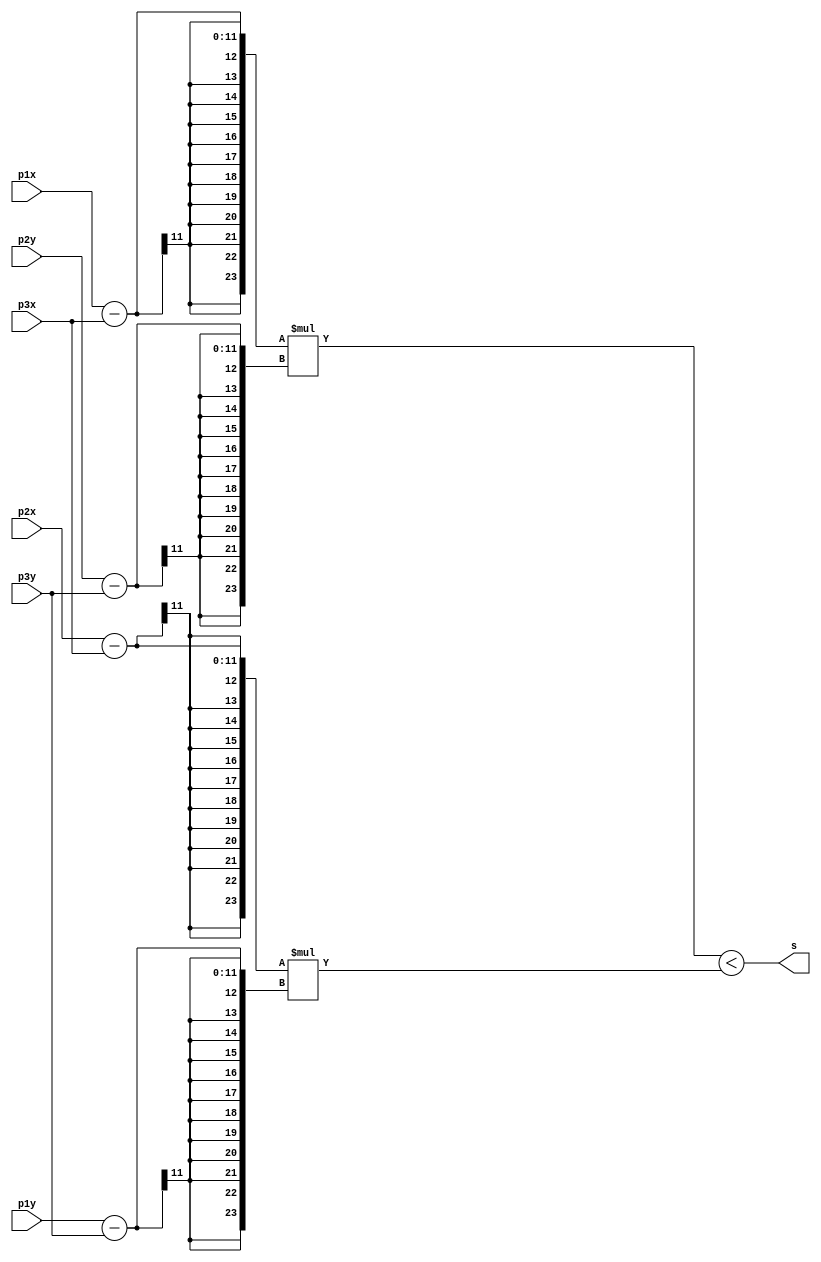
module sign(
	input [10:0] p1x,
	input [10:0] p1y,
	input [10:0] p2x,
	input [10:0] p2y,
	input [10:0] p3x,
	input [10:0] p3y,
	output s
);

	wire signed [23:0] mult1;
	wire signed [23:0] mult2;

	assign mult1 = (p1x - p3x) * (p2y - p3y);
	assign mult2 = (p2x - p3x) * (p1y - p3y);

	assign s = mult1 < mult2;

endmodule


module dentroTriang(
	input [10:0] ptx,
	input [10:0] pty,
	input [10:0] p1x,
	input [10:0] p1y,
	input [10:0] p2x,
	input [10:0] p2y,
	input [10:0] p3x,
	input [10:0] p3y,
	output s
);

	wire teste1, teste2, teste3;

	sign T1(ptx, pty, p1x, p1y, p2x, p2y, teste1);
	sign T2(ptx, pty, p2x, p2y, p3x, p3y, teste2);
	sign T3(ptx, pty, p3x, p3y, p1x, p1y, teste3);

	assign s = teste1 == teste2 & teste2 == teste3;

endmodule


module romTriang(
	input [3:0] endereco,
	output [65:0] triangulo,
	output [3:0] qtde
);

reg [65:0] info;
assign triangulo = info;

assign qtde = 4'd3;

always @(endereco) begin
	case (endereco)
		4'd0: info <= {11'd10, 11'd10, 11'd200, 11'd100, 11'd300, 11'd300};
		4'd1: info <= {11'd800, 11'd600, 11'd800, 11'd300, 11'd400, 11'd600};
		4'd2: info <= {11'd0, 11'd0, 11'd300, 11'd0, 11'd0, 11'd300};
		default: info <= 65'bZ;
	endcase
end

endmodule


module verPonto(
	input clk,
	input [10:0] x,
	input [10:0] y,
	output pronto,
//	output valido,
	output cor
);

reg p;
// reg v;
reg c;

wire [10:0] p1x;
wire [10:0] p1y;
wire [10:0] p2x;
wire [10:0] p2y;
wire [10:0] p3x;
wire [10:0] p3y;
wire s;

wire [3:0] qtde;
wire [65:0] triangulo;
reg [3:0] endereco;

assign pronto = p;
// assign valido = v;
assign cor = c;

assign p1x = triangulo[10:0];
assign p1y = triangulo[21:11];
assign p2x = triangulo[32:22];
assign p2y = triangulo[43:33];
assign p3x = triangulo[54:44];
assign p3y = triangulo[65:55];

initial begin
	p <= 1'b0; // pronto
	// v <= 1'b0; // valido
	c <= 1'b0; // cor
	endereco <= 4'd0;
end

romTriang MEM0(endereco, triangulo, qtde);
dentroTriang DT0(x, y, p1x, p1y, p2x, p2y, p3x, p3y, s);

always @(x or y) begin
	p <= 1'b0; // pronto
	// v <= 1'b0; // valido
	c <= 1'b0; // cor
	endereco <= 4'd0;
end

always @(posedge clk) begin
	if (endereco < qtde && c == 1'b0) begin
		if (s) begin
			c <= 1'b1;
		end
		endereco <= endereco + 4'd1;
	end else begin
		p <= 1'b1;
	end
end

endmodule


module memVideo(
	input clk,
	input w_r,
	input [10:0] end_x,
	input [10:0] end_y,
	input in_data,
	output out_data
);

	reg [21:0] mem_vid [0:307199];
	assign out_data = mem_vid [{end_x,end_y}];

	always @(posedge clk) begin
		if (w_r == 1) begin
			mem_vid [{end_x,end_y}] = in_data;
		end
	end
endmodule


module teste;
	reg signed [10:0] ponto_x;
	reg signed [10:0] ponto_y;
	reg clock;
	wire out;
	wire write;
	wire cor;

	always #1 clock <= ~clock;
	verPonto VP1(clock, ponto_x, ponto_y, write, cor);
	memVideo MV1(clock, write, ponto_x, ponto_y, cor, out);

	initial begin
		$dumpvars(0, VP1, MV1);
		#0;
		clock = 1'b0;
		ponto_x = 11'd0;
		ponto_y = 11'd0;
		#1
		#10000;
		$finish;
	end

	always @(posedge write) begin
		$display("%b = %d", {ponto_x, ponto_y}, cor);
		if (ponto_y < 11'd479) begin
			if (ponto_x < 11'd639) begin
				ponto_x <= ponto_x + 11'd1;
			end else begin
				ponto_x <= 11'd0;
				ponto_y <= ponto_y + 11'd1;
			end
		end
	end

endmodule